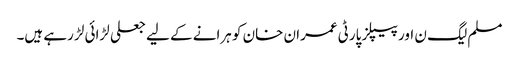
مسلم لیگ ن اور پیپلز پارٹی عمران خان کو ہرانے کے لیے جعلی لڑائی لڑ رہے ہیں۔